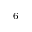
^ 6